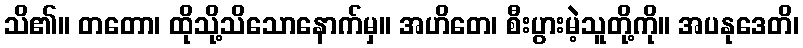
သိ၏။ တတော၊ ထိုသို့သိသောနောက်မှ။ အဟိတေ၊ စီးပွားမဲ့သူတို့ကို။ အပနုဒေတိ၊